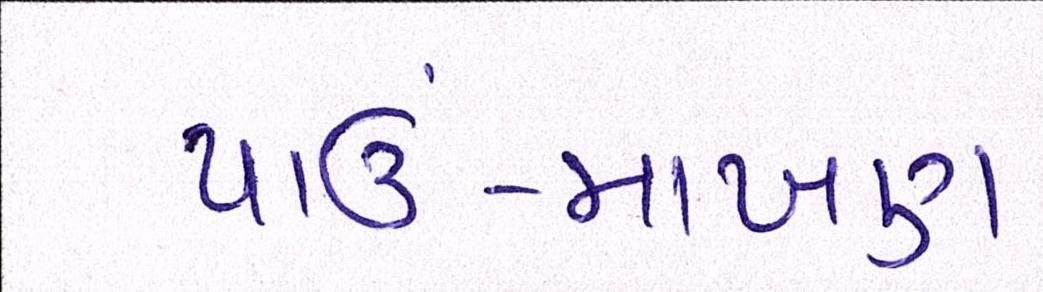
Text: પાઉં-માખણ